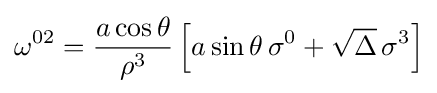
\omega ^{02}={\frac {a\cos \theta }{\rho ^{3}}}\left[a\sin \theta \,\sigma ^{0}+{\sqrt {\Delta }}\,\sigma ^{3}\right]